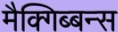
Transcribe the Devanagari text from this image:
मैक्गिब्बन्स